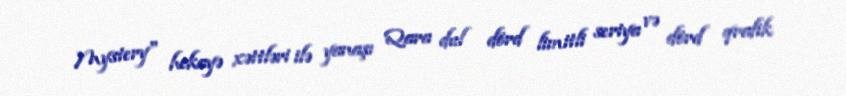
Mystery" hekayə xəttləri ilə yanaşı Qara dul dörd limitli seriya və dörd qrafik